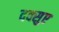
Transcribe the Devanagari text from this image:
दक्सुए